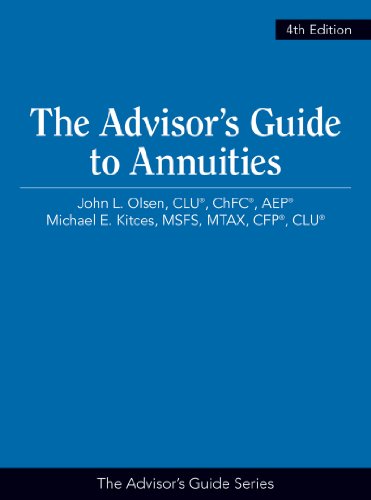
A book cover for The Advisor's Guide to Annuities, 4th Edition; John L. Olsen; Business & Money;